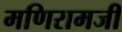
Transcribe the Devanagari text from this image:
मणिरामजी